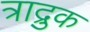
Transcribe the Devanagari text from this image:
त्राद्रुक